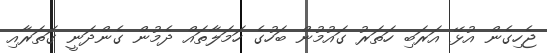
ޖެހިގެން އުޅޭ އަރަބި ހަތަރު ގައުމުން ބަހުގެ ހަމަލާތައް ދެމުން ގެންދަނީ ގަތަރާއި